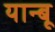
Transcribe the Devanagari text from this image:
यान्बू